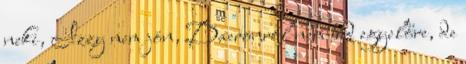
neki, Izzy nem jön, Daeronról nem tud egyelőre, de